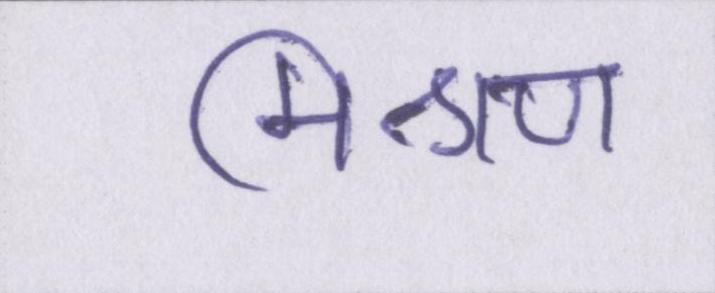
मिश्रण